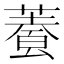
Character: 𩛬